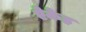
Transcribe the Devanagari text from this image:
ऐकेह